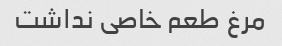
مرغ طعم خاصی نداشت